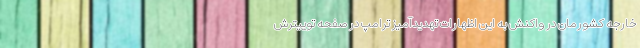
خارجه کشورمان در واکنش به این اظهارات تهدیدآمیز ترامپ در صفحه توییترش